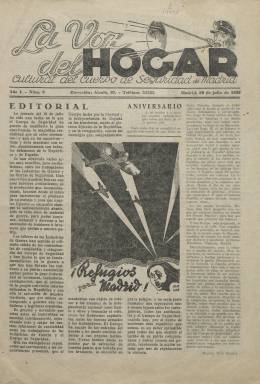
Título: La Voz del Hogar Cultural del Cuerpo de Seguridad de Madrid
Otros títulos: Voz del Hogar
Colección: Guerra civil || Periódicos
Ámbito geográfico: Madrid
Lugar de publicación: Madrid
Fechas: 30/07/1938-10/08/1938